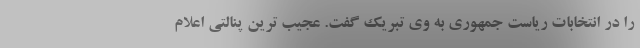
را در انتخابات ریاست جمهوری به وی تبریک گفت. عجیب ترین پنالتی اعلام